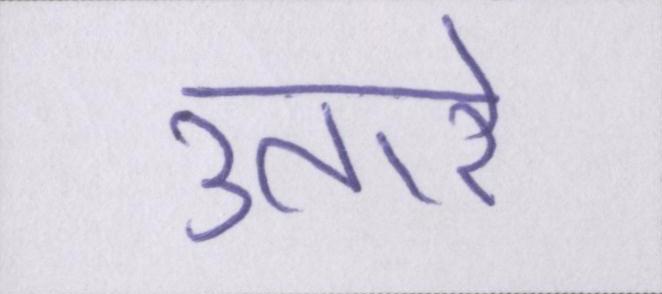
उतारे